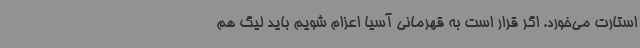
استارت می‌خورد. اگر قرار است به قهرمانی آسیا اعزام شویم باید لیگ هم